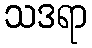
သဒရာ